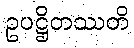
ဥပဋ္ဌိတဿတိ